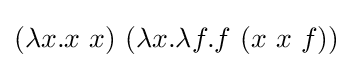
(\lambda x.x\ x)\ (\lambda x.\lambda f.f\ (x\ x\ f))